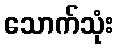
သောက်သုံး